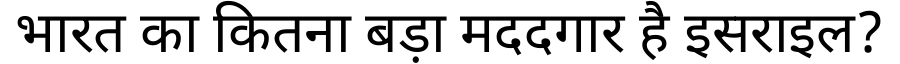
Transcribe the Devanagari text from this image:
भारत का कितना बड़ा मददगार है इसराइल?